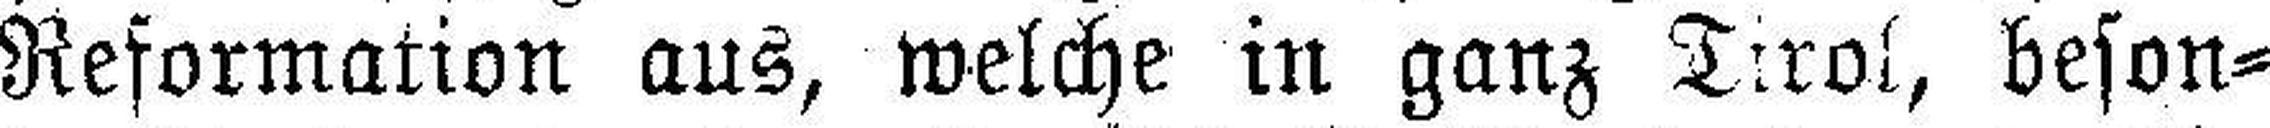
Reformation aus, welche in ganz Tirol, beson¬